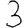
Digit: 3